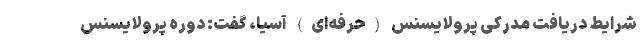
شرایط دریافت مدرکی پرولایسنس (حرفه‌ای) آسیا، گفت: دوره پرولایسنس